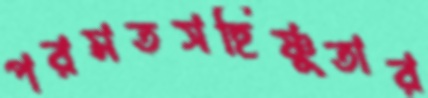
পরমতসহিষ্ণুতার